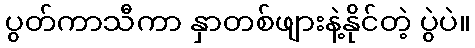
ပွတ်ကာသီကာ နှာတစ်ဖျားနဲ့နိုင်တဲ့ ပွဲပဲ။